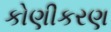
કોણીકરણ